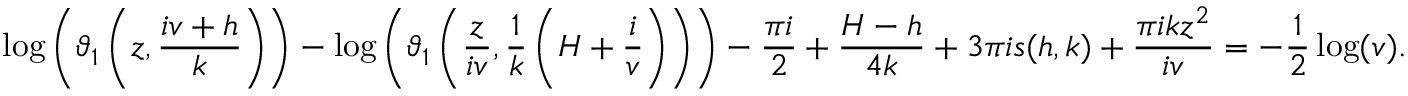
\log \left( \vartheta _ { 1 } \left( z , \frac { i v + h } { k } \right) \right) - \log \left( \vartheta _ { 1 } \left( \frac { z } { i v } , \frac { 1 } { k } \left( H + \frac { i } { v } \right) \right) \right) - \frac { \pi i } { 2 } + \frac { H - h } { 4 k } + 3 \pi i s ( h , k ) + \frac { \pi i k z ^ { 2 } } { i v } = - \frac { 1 } { 2 } \log ( v ) .